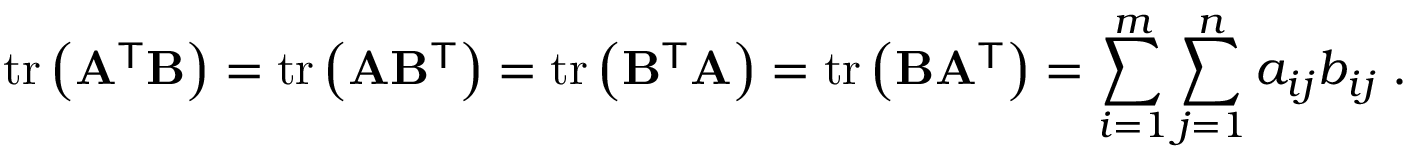
\operatorname { t r } \left( \mathbf { A } ^ { \mathsf { T } } \mathbf { B } \right) = \operatorname { t r } \left( \mathbf { A } \mathbf { B } ^ { \mathsf { T } } \right) = \operatorname { t r } \left( \mathbf { B } ^ { \mathsf { T } } \mathbf { A } \right) = \operatorname { t r } \left( \mathbf { B } \mathbf { A } ^ { \mathsf { T } } \right) = \sum _ { i = 1 } ^ { m } \sum _ { j = 1 } ^ { n } a _ { i j } b _ { i j } \; .